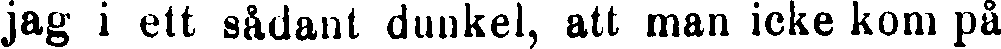
jag i ett sådant dunkel, att man icke kom på